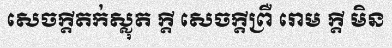
សេចក្តីតក់ស្លុត ក្តី សេចក្តីព្រឺ រោម ក្តី មិន